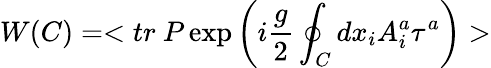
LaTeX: W(C)=<tr~P\exp\left(i{\frac{g}{2}}\oint_{C}dx_{i}A_{i}^{a}\tau^{a}\right)>